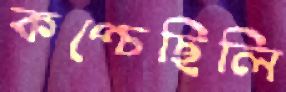
কপ্‌চেছিলি